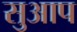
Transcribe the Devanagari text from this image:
सुआप